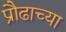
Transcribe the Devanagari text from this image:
प्रौढाच्या